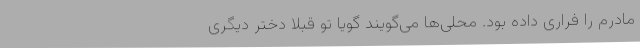
مادرم را فراری داده بود. محلی‌ها می‌گویند گویا تو قبلا دختر دیگری